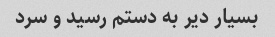
بسیار دیر به دستم رسید و سرد